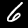
Label: 6